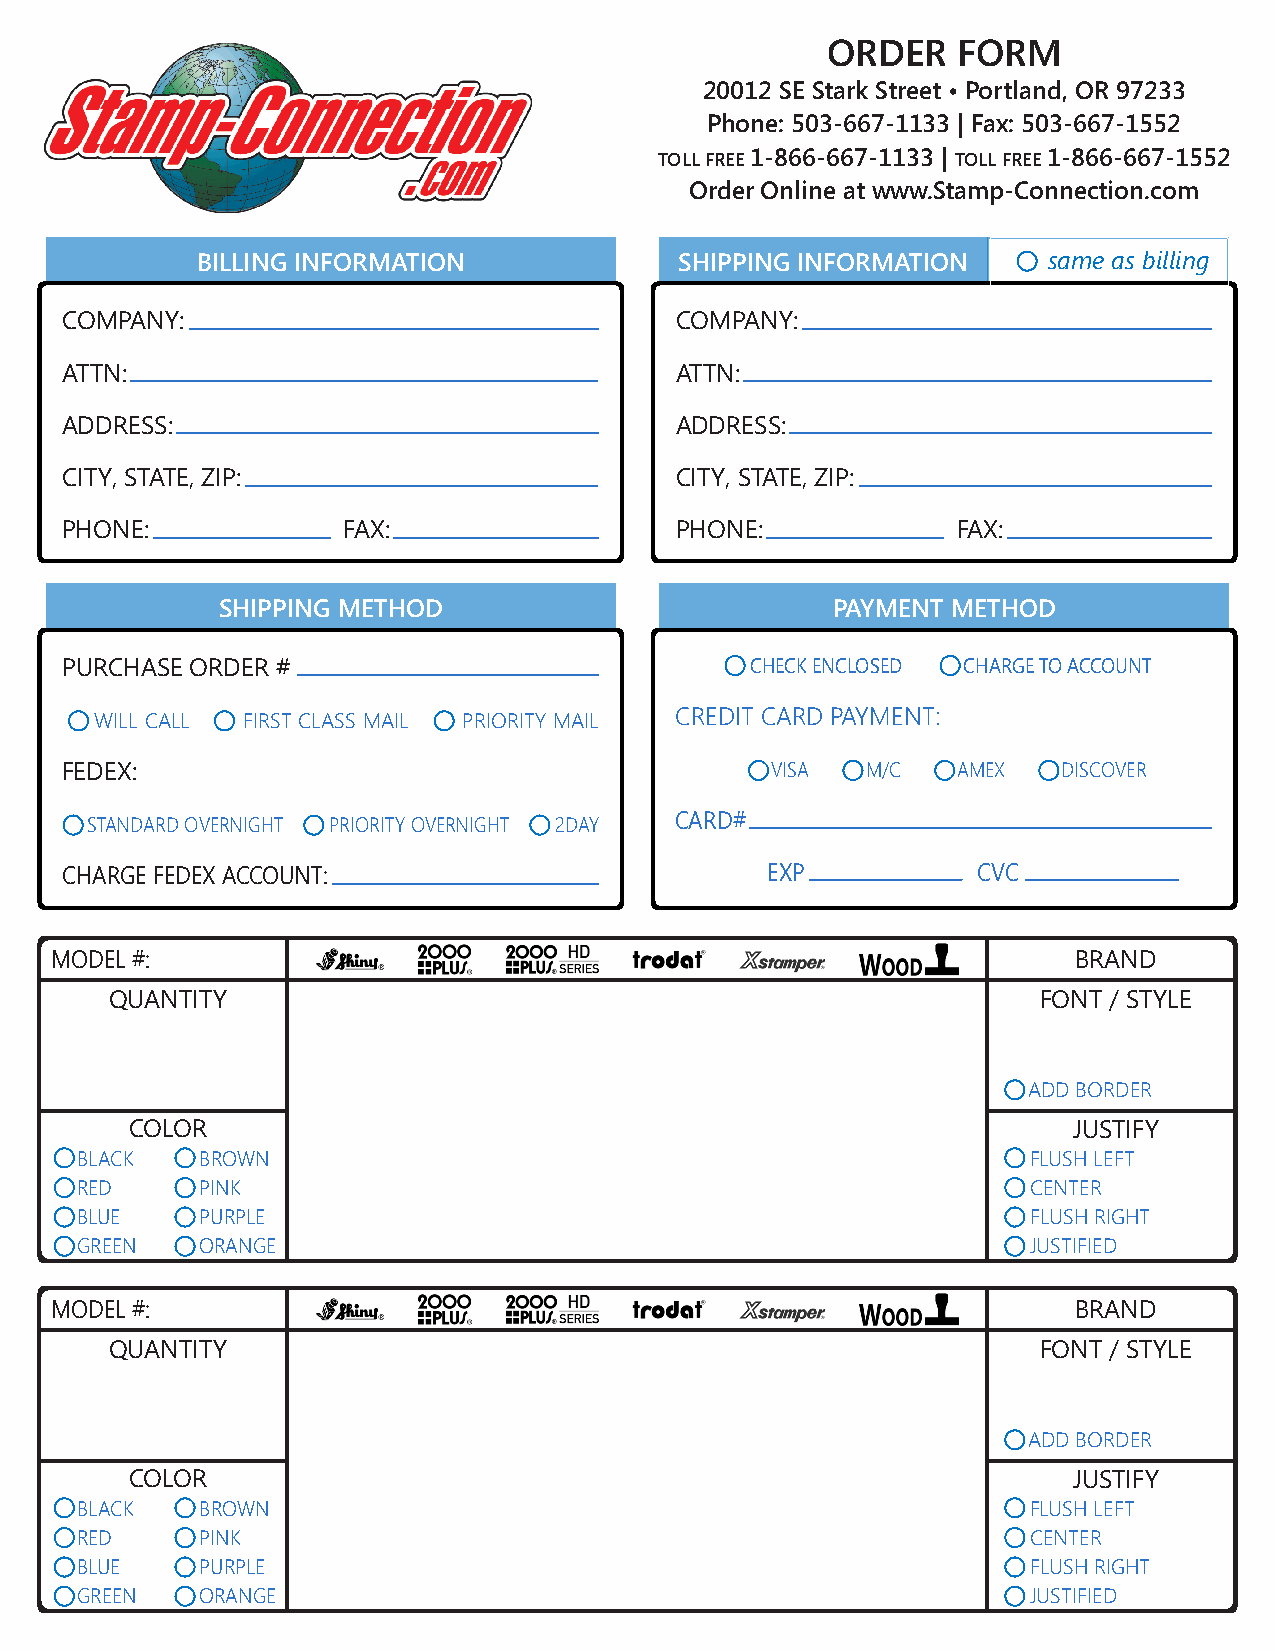
ORDER   FORM
 20012 SE Stark Street • Portland, OR 97233
 Phone: 503-667-1133 | Fax: 503-667-1552
 TOLL FREE 1-866-667-1133 | TOLL FREE 1-866-667-1552
 Order Online at www.Stamp-Connection.com
 BILLING INFORMATION             SHIPPING INFORMATION    same as billing
 COMPANY:                                 COMPANY:
 ATTN:                                    ATTN:
 ADDRESS:                                 ADDRESS:
 CITY, STATE, ZIP:                        CITY, STATE, ZIP:
 PHONE:             FAX:                  PHONE:            FAX:
 SHIPPING METHOD                          PAYMENT METHOD
 PURCHASE ORDER #                              CHECK ENCLOSED CHARGE TO ACCOUNT
 WILL CALL FIRST CLASS MAIL PRIORITY MAIL CREDIT CARD PAYMENT:
 FEDEX:                                         VISA  M/C   AMEX   DISCOVER
 STANDARD OVERNIGHT PRIORITY OVERNIGHT 2DAY CARD#
 CHARGE FEDEX ACCOUNT:                          EXP           CVC
 MODEL #:                                                            BRAND
 QUANTITY                                                      FONT / STYLE
 ADD BORDER
 COLOR                                                         JUSTIFY
 BLACK   BROWN                                                  FLUSH LEFT
 RED     PINK                                                   CENTER
 BLUE    PURPLE                                                 FLUSH RIGHT
 GREEN   ORANGE                                                 JUSTIFIED
 MODEL #:                                                            BRAND
 QUANTITY                                                      FONT / STYLE
 ADD BORDER
 COLOR                                                         JUSTIFY
 BLACK   BROWN                                                  FLUSH LEFT
 RED     PINK                                                   CENTER
 BLUE    PURPLE                                                 FLUSH RIGHT
 GREEN   ORANGE                                                 JUSTIFIED